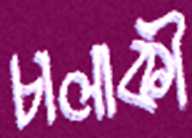
চালাকী